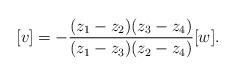
LaTeX: \begin{align*}[v]=-\frac{(z_1-z_2)(z_3-z_4)}{(z_1-z_3)(z_2-z_4)}[w].\end{align*}